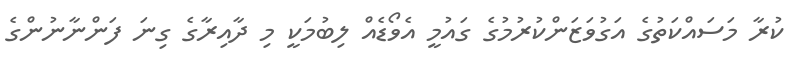
ކުރާ މަސައްކަތުގެ އަގުވަޒަންކުރުމުގެ ގައުމީ އެވޯޑެއް ލިބުމަކީ މި ދާއިރާގެ ގިނަ ފަންނާނުންގެ